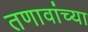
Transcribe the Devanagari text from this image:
तणावांच्या